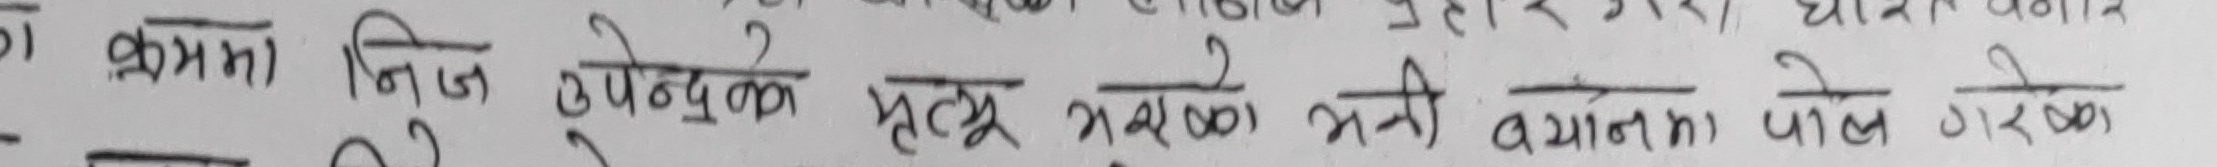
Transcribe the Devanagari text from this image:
क) क्रमा निज उपेन्द्रको मृत्यु भएको भनी बयान पोस गरेको